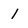
Character: 1